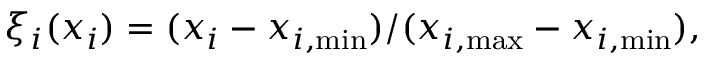
\begin{array} { r } { \xi _ { i } ( x _ { i } ) = ( x _ { i } - x _ { i , \mathrm { m i n } } ) / ( x _ { i , \mathrm { m a x } } - x _ { i , \mathrm { m i n } } ) , } \end{array}